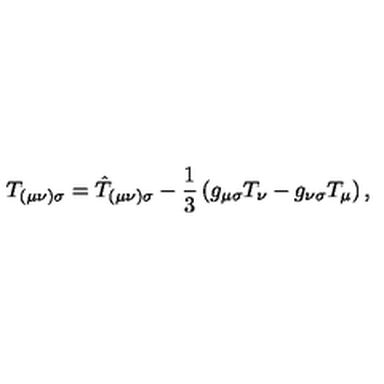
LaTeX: T _ { ( \mu \nu ) \sigma } = \hat { T } _ { ( \mu \nu ) \sigma } - \frac { 1 } { 3 } \left( g _ { \mu \sigma } T _ { \nu } - g _ { \nu \sigma } T _ { \mu } \right) ,